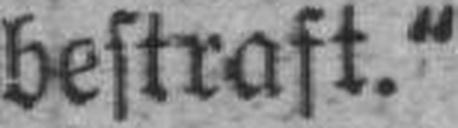
bestraft.“